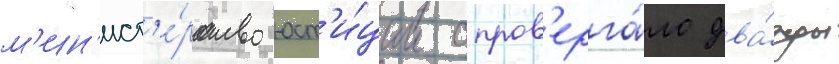
м'ин'ист'е́рство юст'и́ции опров'ерга́ло два́жды